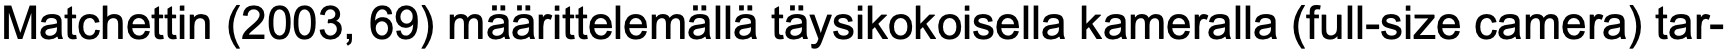
Matchettin (2003, 69) määrittelemällä täysikokoisella kameralla (full-size camera) tar-